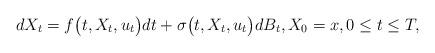
LaTeX: \begin{align*}d X_t = f\bigl(t, X_t, u_t\bigr) dt + \sigma\bigl(t, X_t, u_t\bigr)dB_t, X_0=x, 0 \le t \le T, \end{align*}